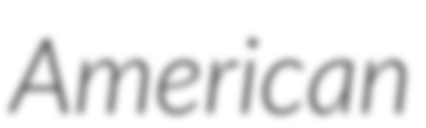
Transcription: American